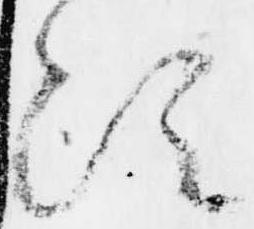
次